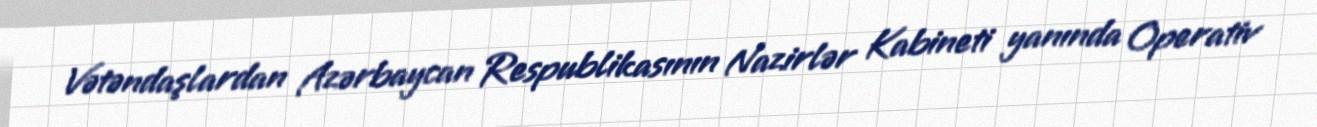
Vətəndaşlardan Azərbaycan Respublikasının Nazirlər Kabineti yanında Operativ